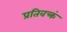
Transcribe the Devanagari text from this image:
प्रतिवक्त्रं